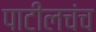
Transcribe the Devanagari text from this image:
पाटीलचंच